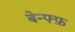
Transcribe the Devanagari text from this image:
बेन्फ्फ़